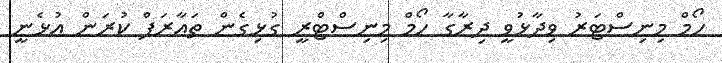
ހޯމް މިނިސްޓަރު ވިދާޅުވީ ދިރާގާ ހޯމް މިނިސްޓްރީ ގުޅިގެން ތައާރަފް ކުރަން އުޅެނީ